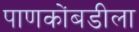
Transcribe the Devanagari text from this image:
पाणकोंबडीला